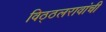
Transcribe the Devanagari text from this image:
विठ्ठलरावांची